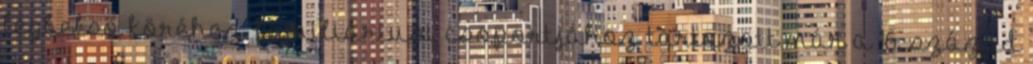
legbelső köréhez, familiáriusi csoportjához tartozott már a 16. század